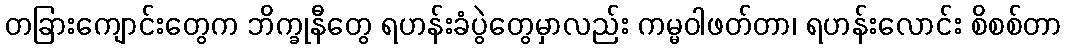
တခြားကျောင်းတွေက ဘိက္ခုနီတွေ ရဟန်းခံပွဲတွေမှာလည်း ကမ္မဝါဖတ်တာ၊ ရဟန်းလောင်း စိစစ်တာ